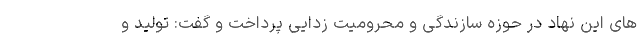
های این نهاد در حوزه سازندگی و محرومیت زدایی پرداخت و گفت: تولید و